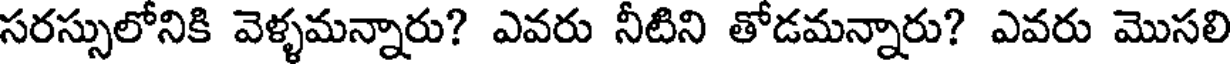
సరస్సులోనికి వెళ్ళమన్నారు? ఎవరు నీటిని తోడమన్నారు? ఎవరు మొసలి